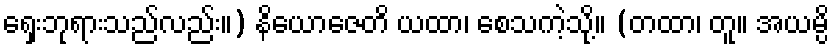
ရှေးဘုရားသည်လည်း။) နိယောဇေတိ ယထာ၊ စေသကဲ့သို့။ (တထာ၊ တူ။ အယမ္ပိ